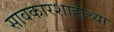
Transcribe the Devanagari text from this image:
सावकारशाहीच्या